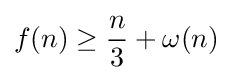
f(n)\geq {\frac {n}{3}}+\omega (n)